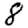
Digit: 8